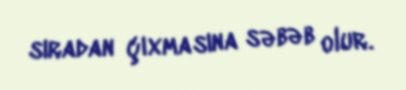
sıradan çıxmasına səbəb olur.